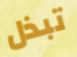
تبذل